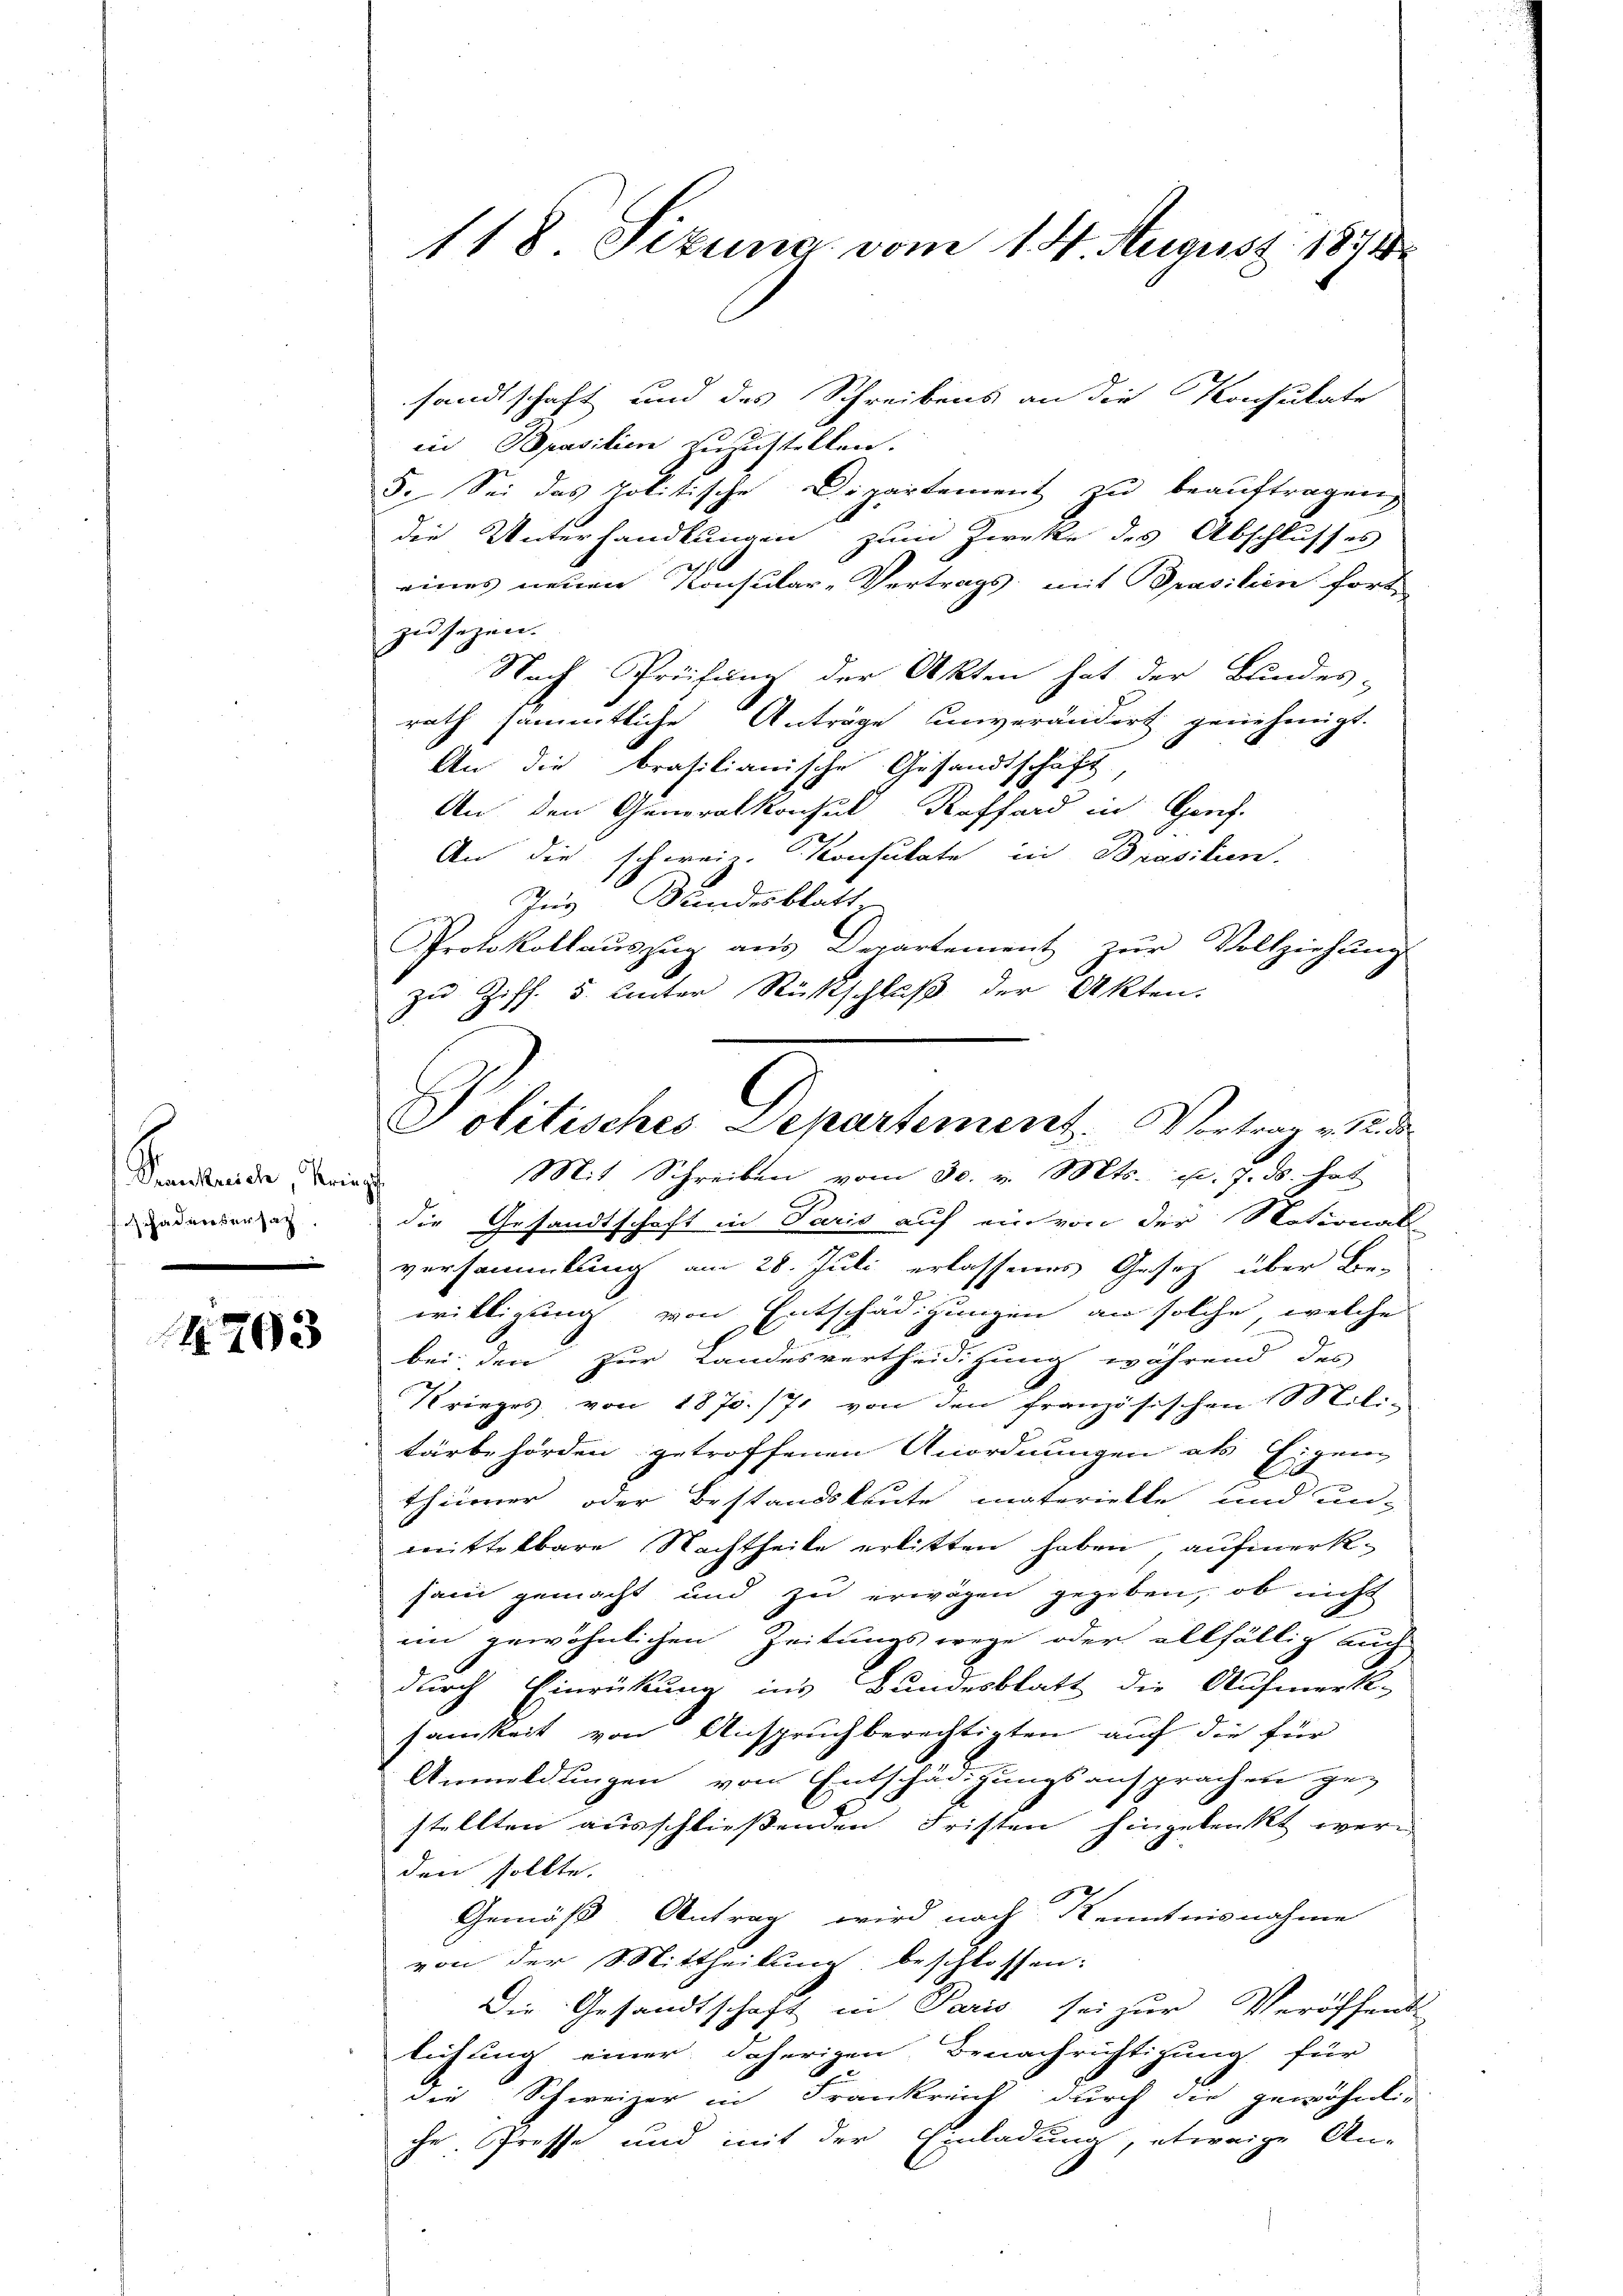
Transache Krieg
 Fadensersag

4203

sandtschaft und des Schreibens an die Konsulate
in Bpasilien zuzustellen.
5. Sei das Politische Dipartement zu beauftragen,
die Unterhandlungen zum Zwecke des Abschlusses
eines neuen Konsular-Vertrags, mit Prasilien fort
zu sezen.
Nach Prüfung der Akten hat der Bundes-
rath sämmtliche Anträge unverändert genehmigt.
An die brasilianische Gesandtschaft
An den Generalkonsul Koffend in Genf.
.
c
An die schweiz. Konsulate in Prasilien.
ees zur Stundesblatt
Protokollaŭszŭg ans Departement zŭr Vollziehŭng
die Gesandtschaft in Paris auf ein von der Notional-
versammlung am 28. Juli erlassenes Gesetz über Be-
willigung von Entschädigungen an solche, welche
bei den zur Landesvertheidigung während des
Krieges von 1870/71 von den französischen 180 Lili-
tärbehörden getroffenen Anordnungen als Eigen
thümer oder Bestandsleute materielle und un-
mittelbare Nachtheile erlitten haben, aufmerksam gemacht und zu erwägen gegeben, ob nicht
im gewöhnlichen Zeitungswege oder allfällig auch
durch Einrückung ins Bundesblatt die Aufmerk-
samkeit von Anspruchberechtigten auf die für
Anmeldungen von Entschädigungsansprachen ge-
stellten ausschließenden Fristen hingelenkt wer
den sollte.
7
Gemäß Antrag wird nach Kenntnisnahme
von der Mittheilung beschlossen:
Die Gesandtschaft in Paris sei zur Veröffent
lichung einer daherigen Benachrichtigung für
die Schweizer in Frankreich durch die gewöhnli-
che. Troffe und mit der Einladung, etwaige An-

118. Sizung vom 14. August 1874

zu Ziff. 5. Unter Rückschluß der Akten.
Politisches Departement. Vertrag es de
Mit Schreiben vom 30. v. Mts. el. J. ds. hat